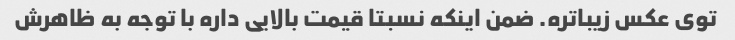
توی عکس زیباتره. ضمن اینکه نسبتا قیمت بالایی داره با توجه به ظاهرش